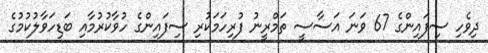
ދިވެހި ސިފައިންގެ 67 ވަނަ އަސާސީ ތަމްރީނު ފުރިހަމަކުރި ސިފައިންގެ ހުވާކުރުމާއި ބަޑިހަވާލުކުމުގެ